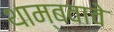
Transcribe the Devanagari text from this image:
थाम्बवावे